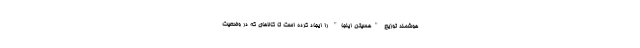
هوشمند توزیع "هسیتن اینجا" را ایجاد کرده است تا کالاهای که در وضعیت